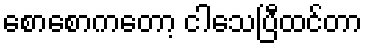
စောစောကတော့ ငါသေပြီထင်တာ